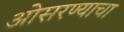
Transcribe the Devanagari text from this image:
ओसरण्याचा